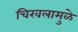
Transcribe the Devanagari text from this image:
चिखलामुळे